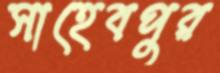
সাহেবপুর